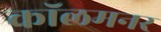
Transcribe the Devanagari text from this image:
कॉलमनर